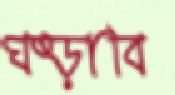
ঘষ্‌ড়াবি